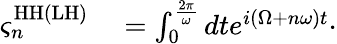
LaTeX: \begin{array}{rl}{\varsigma_{n}^{\mathrm{HH}(\mathrm{LH})}}&{{}=\int_{0}^{\frac{2\pi}{\omega}}dte^{i(\Omega+n\omega)t}\cdot}\end{array}